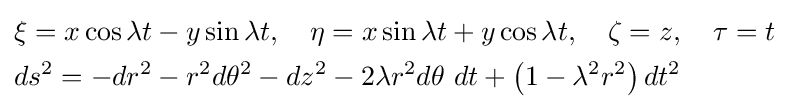
{\begin{aligned}&\xi =x\cos \lambda t-y\sin \lambda t,\quad \eta =x\sin \lambda t+y\cos \lambda t,\quad \zeta =z,\quad \tau =t\\&ds^{2}=-dr^{2}-r^{2}d\theta ^{2}-dz^{2}-2\lambda r^{2}d\theta \ dt+\left(1-\lambda ^{2}r^{2}\right)dt^{2}\end{aligned}}